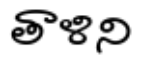
తాళిని